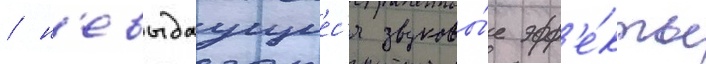
/ н'евыдаущиес'я звуковы́е эфф'е́кты